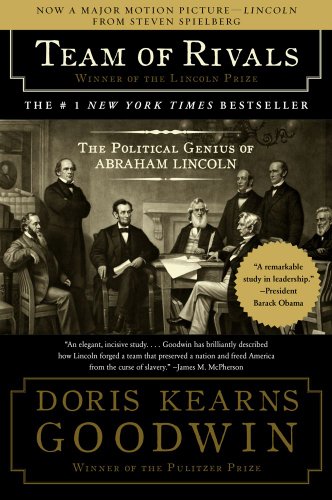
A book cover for Team of Rivals: The Political Genius of Abraham Lincoln; Doris Kearns Goodwin; Biographies & Memoirs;